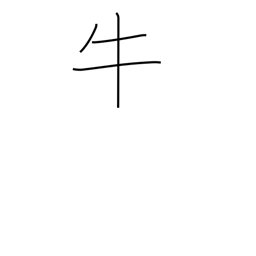
Meaning: cow